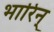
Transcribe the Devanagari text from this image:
भारिन्‌